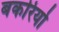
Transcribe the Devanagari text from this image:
बकरियो